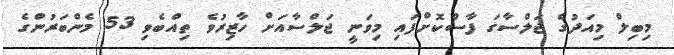
މިބިލް މިއަދުގެ ޖަލްސާގަ ފާސްކޮށްފައި މިވަނީ ޖަލްސާއަށް ހާޒިރުވެ ތިއްބެވި 53 މެންބަރުންގެ